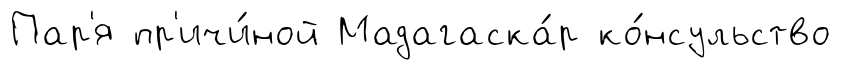
Пар'я пр'ичи́ной Мадагаска́р ко́нсульство